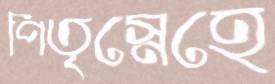
পিতৃস্নেহে